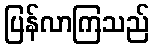
ပြန်လာကြသည်